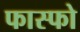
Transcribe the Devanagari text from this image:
फास्‍फो